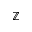
\mathbb { Z }